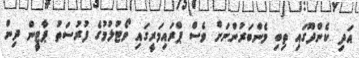
އަދި ކެންދޫގައި ތިބި މެންބަރުންނަށް ވެސް ޕްރައިމަރީގައި ވޯޓުލުމުގެ ފުރުސަތު ޕާޓީން ދިން